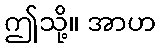
ဤသို့။ အာဟ